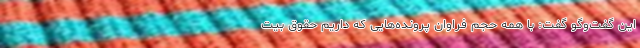
این گفت‌وگو گفت: با همه حجم فراوان پرونده‌هایی که داریم حقوق بیت